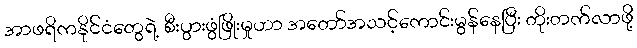
အာဖရိကနိုင်ငံတွေရဲ့ စီးပွားဖွံဖြိုးမှုဟာ အတော်အသင့်ကောင်းမွန်နေပြီး တိုးတက်လာဖို့